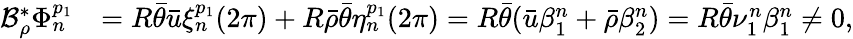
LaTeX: \begin{array}{rl}{\mathcal{B}_{\rho}^{*}\Phi_{n}^{p_{1}}}&{=R\bar{\theta}\bar{u}\xi_{n}^{p_{1}}(2\pi)+R\bar{\rho}\bar{\theta}\eta_{n}^{p_{1}}(2\pi)=R\bar{\theta}(\bar{u}\beta_{1}^{n}+\bar{\rho}\beta_{2}^{n})=R\bar{\theta}\nu_{1}^{n}\beta_{1}^{n}\neq 0,}\end{array}